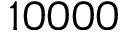
1 0 0 0 0